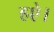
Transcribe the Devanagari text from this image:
हऐ।